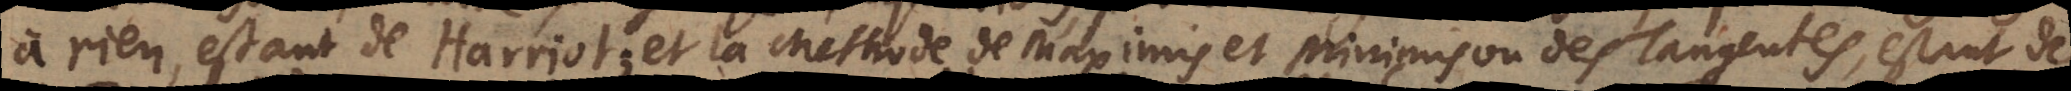
à rien, estant de Harriot; et la Methode de Maximis et Minimis ou des Tangentes, estant de